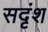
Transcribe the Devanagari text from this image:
सदृंश